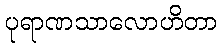
ပုရာဏသာလောဟိတာ